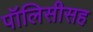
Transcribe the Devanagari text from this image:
पॉलिसीसह